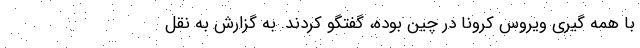
با همه گیری ویروس کرونا در چین بوده، گفتگو کردند. به گزارش به نقل